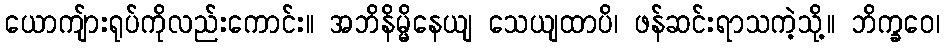
ယောကျ်ားရုပ်ကိုလည်းကောင်း။ အဘိနိမ္မိနေယျ သေယျထာပိ၊ ဖန်ဆင်းရာသကဲ့သို့။ ဘိက္ခဝေ၊